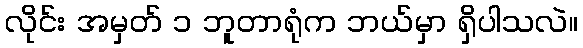
လိုင်း အမှတ် ၁ ဘူတာရုံက ဘယ်မှာ ရှိပါသလဲ။